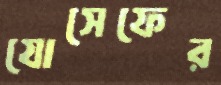
যোসেফের